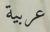
عربية